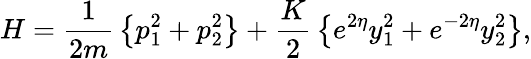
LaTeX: H={\frac{1}{2m}}\left\{ p_{1}^{2}+p_{2}^{2}\right\} +{\frac{K}{2}}\left\{ e^{2\eta}y_{1}^{2}+e^{-2\eta}y_{2}^{2}\right\} ,